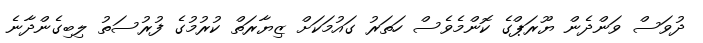
ދުވަސް ވަންދެން ޔޫރަޕްގެ ކޮންމެވެސް ހަތަރު ގައުމަކަށް ޒިޔާރަތް ކުރުމުގެ ފުރުސަތު ލިބިގެންދާނެ